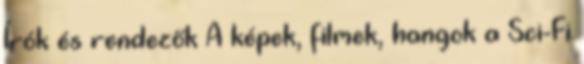
Írók és rendezők A képek, filmek, hangok a Sci-Fi